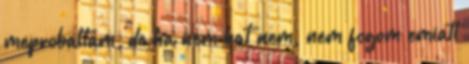
meprobaltam, de ha nem hat nem, nem fogom emiatt